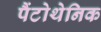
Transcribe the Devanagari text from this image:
पैंटोथेनिक